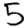
Digit: 5